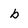
Character: b